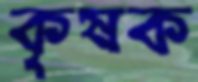
কৃষক